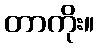
တာကိုး။